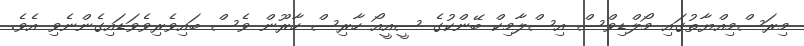
މިރަސްމިއްޔާތުގައި މޯލްޑިވްސް އިސްލާމިކް ބޭންކުގެ ސީއީއޯ ހާރިސް ހާރޫން ވެސް ބައިވެރިވެވަޑައިގެންނެވި އެވެ.